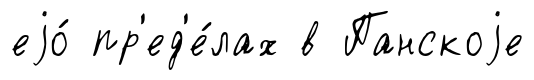
еjо́ пр'ед'е́лах в Панскоjе